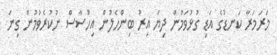
މަރަމަރާ ކަނޑުގެ އަޑި ގުޅުވަމުން ދިޔަ އިރު ބިންހެލުން އިހުސާސް ނުކުރެވުމުން ގިނަ